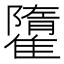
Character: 𩀶